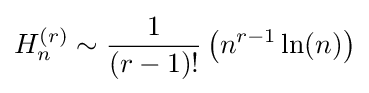
H_{n}^{(r)}\sim {\frac {1}{(r-1)!}}\left(n^{r-1}\ln(n)\right)